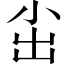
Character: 𱚤